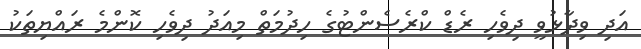
އަދި ވިދާޅުވީ ދިވެހި ރެޑް ކްރެސެންޓުގެ ހިދުމަތް މިއަދު ދިވެހި ކޮންމެ ރައްޔިތަކު